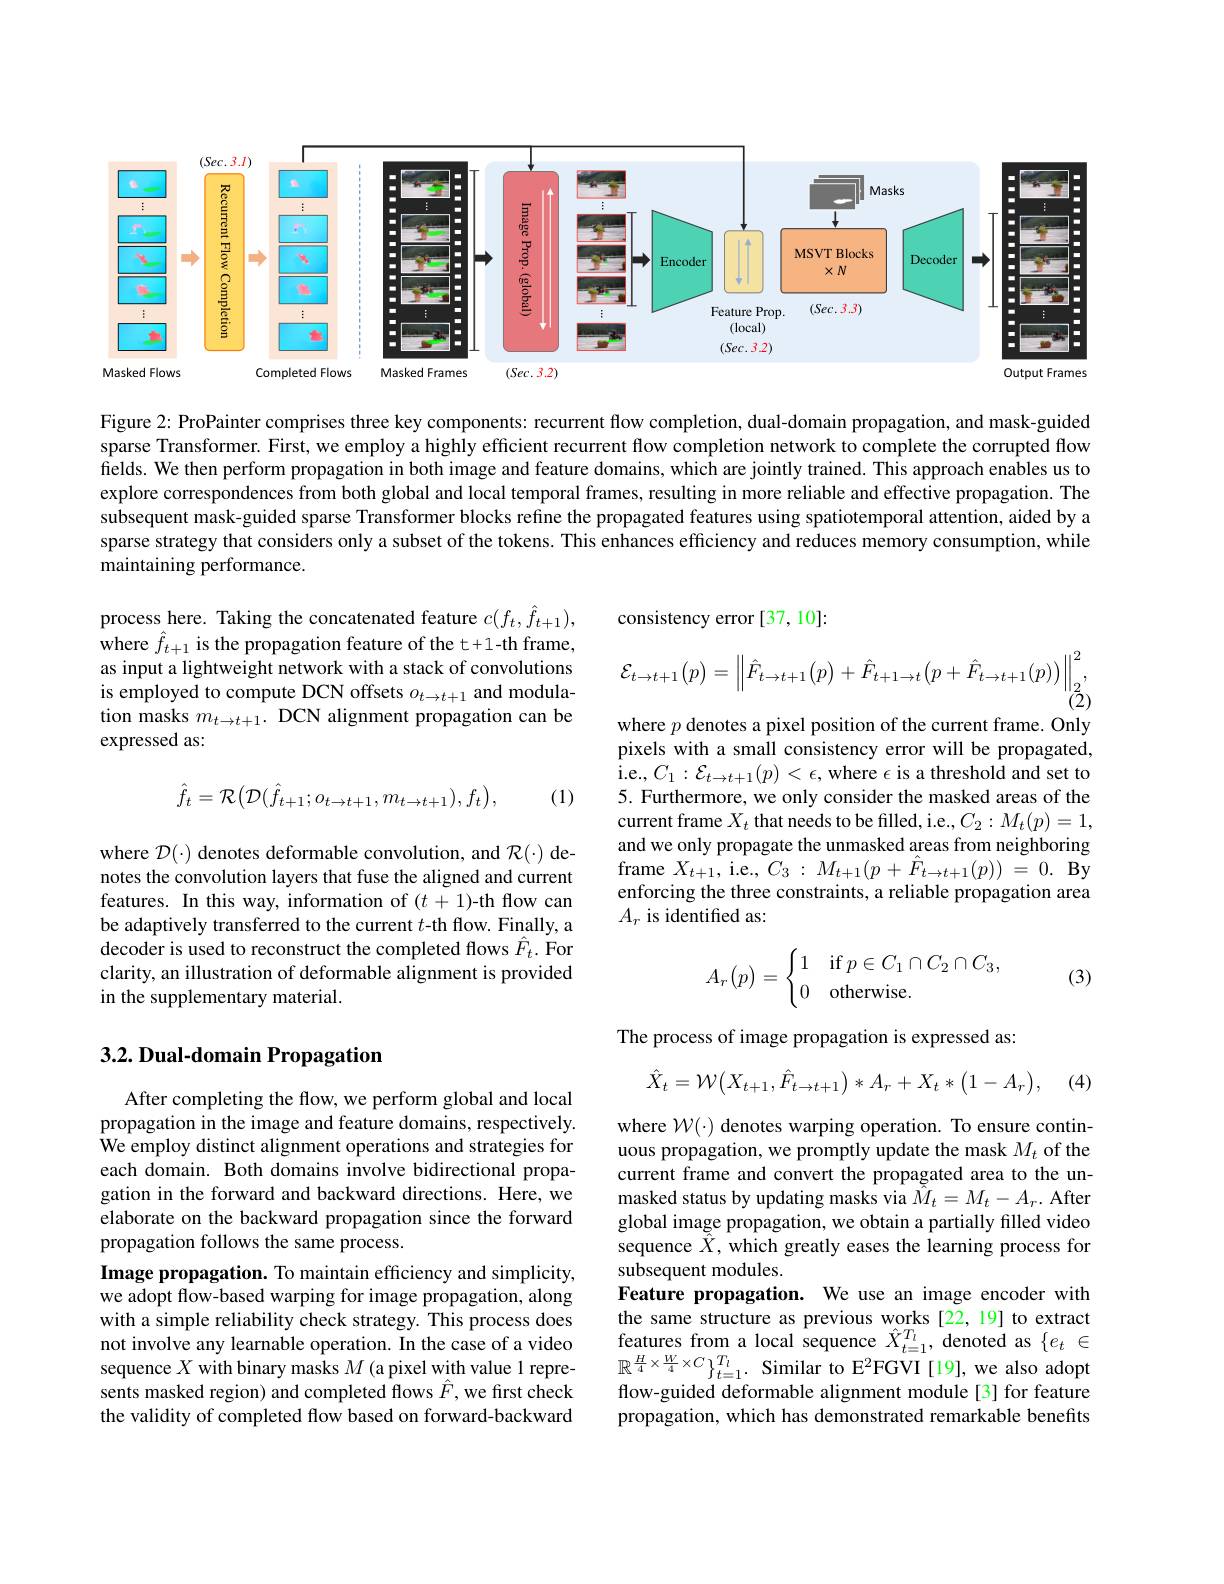
<FigureHere>

Figure 2: ProPainter comprises three key components: recurrent flow completion, dual-domain propagation, and mask-guided sparse Transformer. First, we employ a highly efficient recurrent flow completion network to complete the corrupted flow fields. We then perform propagation in both image and feature domains, which are jointly trained. This approach enables us to explore correspondences from both global and local temporal frames, resulting in more reliable and effective propagation. The subsequent mask-guided sparse Transformer blocks refine the propagated features using spatiotemporal attention, aided by a sparse strategy that considers only a subset of the tokens. This enhances efficiency and reduces memory consumption, while maintaining performance.

consistency error [37,10]:
$$\mathcal{E}_{t\to t+1}(p)=\left\|\hat{F}_{t\to t+1}(p)+\hat{F}_{t+1\to t}\big(p+\hat{F}_{t\to t+1}(p)\big)\right\|_{2}^{2},\\(2)$$
process here. Taking the concatenated feature $c(f_t,\hat{f}_{t+1})$, where $\hat{f}_{t+1}$ is the propagation feature of the t+1-th frame, as input a lightweight network with a stack of convolutions is employed to compute DCN offsets $o_{t\to t+1}$ and modulation masks $m_{t\to t+1}.$ DCN alignment propagation can be expressed as:
$$\hat{f}_{t}=\mathcal{R}\big(\mathcal{D}(\hat{f}_{t+1};o_{t\to t+1},m_{t\to t+1}),f_{t}\big),$$
(1)

where $p$ denotes a pixel position of the current frame. Only pixels with a small consistency error will be propagated, $\hat{ı }$. e. , $C_{1}: \mathcal{E} _{t\to t+ 1}( p) < \epsilon $,where $\epsilon$ is a threshold and set to 5. Furthermore, we only consider the masked areas of the current frame $X_t$ that needs to be filled, i.e., $C_2:M_t(p)=1$, and we only propagate the unmasked areas from neighboring frame $X_{t+1}$, i.e., $C_3:M_{t+1}(p+\hat{F}_{t\to t+1}(p))=0.$ By enforcing the three constraints, a reliable propagation area $A_r$ is identified as:

where $\mathcal{D}(\cdot)$ denotes deformable convolution, and $\mathcal{R}(\cdot)$ denotes the convolution layers that fuse the aligned and current features. In this way, information of $(t+1)$-th flow can be adaptively transferred to the current $t$-th flow. Finally, a decoder is used to reconstruct the completed flows $\hat{F}_t.$ For clarity, an illustration of deformable alignment is provided in the supplementary material.
$$A_r(p)=\begin{cases}1&\text{if}p\in C_1\cap C_2\cap C_3,\\0&\text{otherwise.}\end{cases}$$
(3)

The process of image propagation is expressed as:

## 3.2. Dual-domain Propagation
$$\hat{X}_t=\mathcal{W}\big(X_{t+1},\hat{F}_{t\to t+1}\big)*A_r+X_t*\big(1-A_r\big),$$
(4)

After completing the flow, we perform global and local propagation in the image and feature domains, respectively. We employ distinct alignment operations and strategies for each domain. Both domains involve bidirectional propagation in the forward and backward directions. Here, we elaborate on the backward propagation since the forward propagation follows the same process.
Image propagation. To maintain efficiency and simplicity, we adopt flow-based warping for image propagation, along with asimple reliability check strategy. This process does the same structure as previous works [22,19] to extract not involve any learnale operation. In the case of a video features from a local sequence $\hat{X}_{t=1}^{\hat{T}i}$, denoted as $\{ e_t\in \mathbb{R}$equen
sents masked region) and completed flows $\hat{F}$,we first check the validity of completed flow based on forward-backward

where $\mathcal{W}(\cdot)$ denotes warping operation. To ensure continuous propagation, we promptly update the mask $M_t$ of the current frame and convert the propagated area to the unmasked status by updating masks via $\tilde{M}_t=M_t-A_r.$ After global image propagation, we obtain a partially filled video sequence $\tilde{\hat{X}},which$ greatly eases the learning process for subsequent modules.
Feature propagation. We use an image encoder with flow-guided deformable alignment module[3] for feature propagation, which has demonstrated remarkable benefits